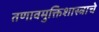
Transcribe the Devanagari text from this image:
तणावमुक्तिशास्त्राचे